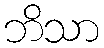
ဘိသာ